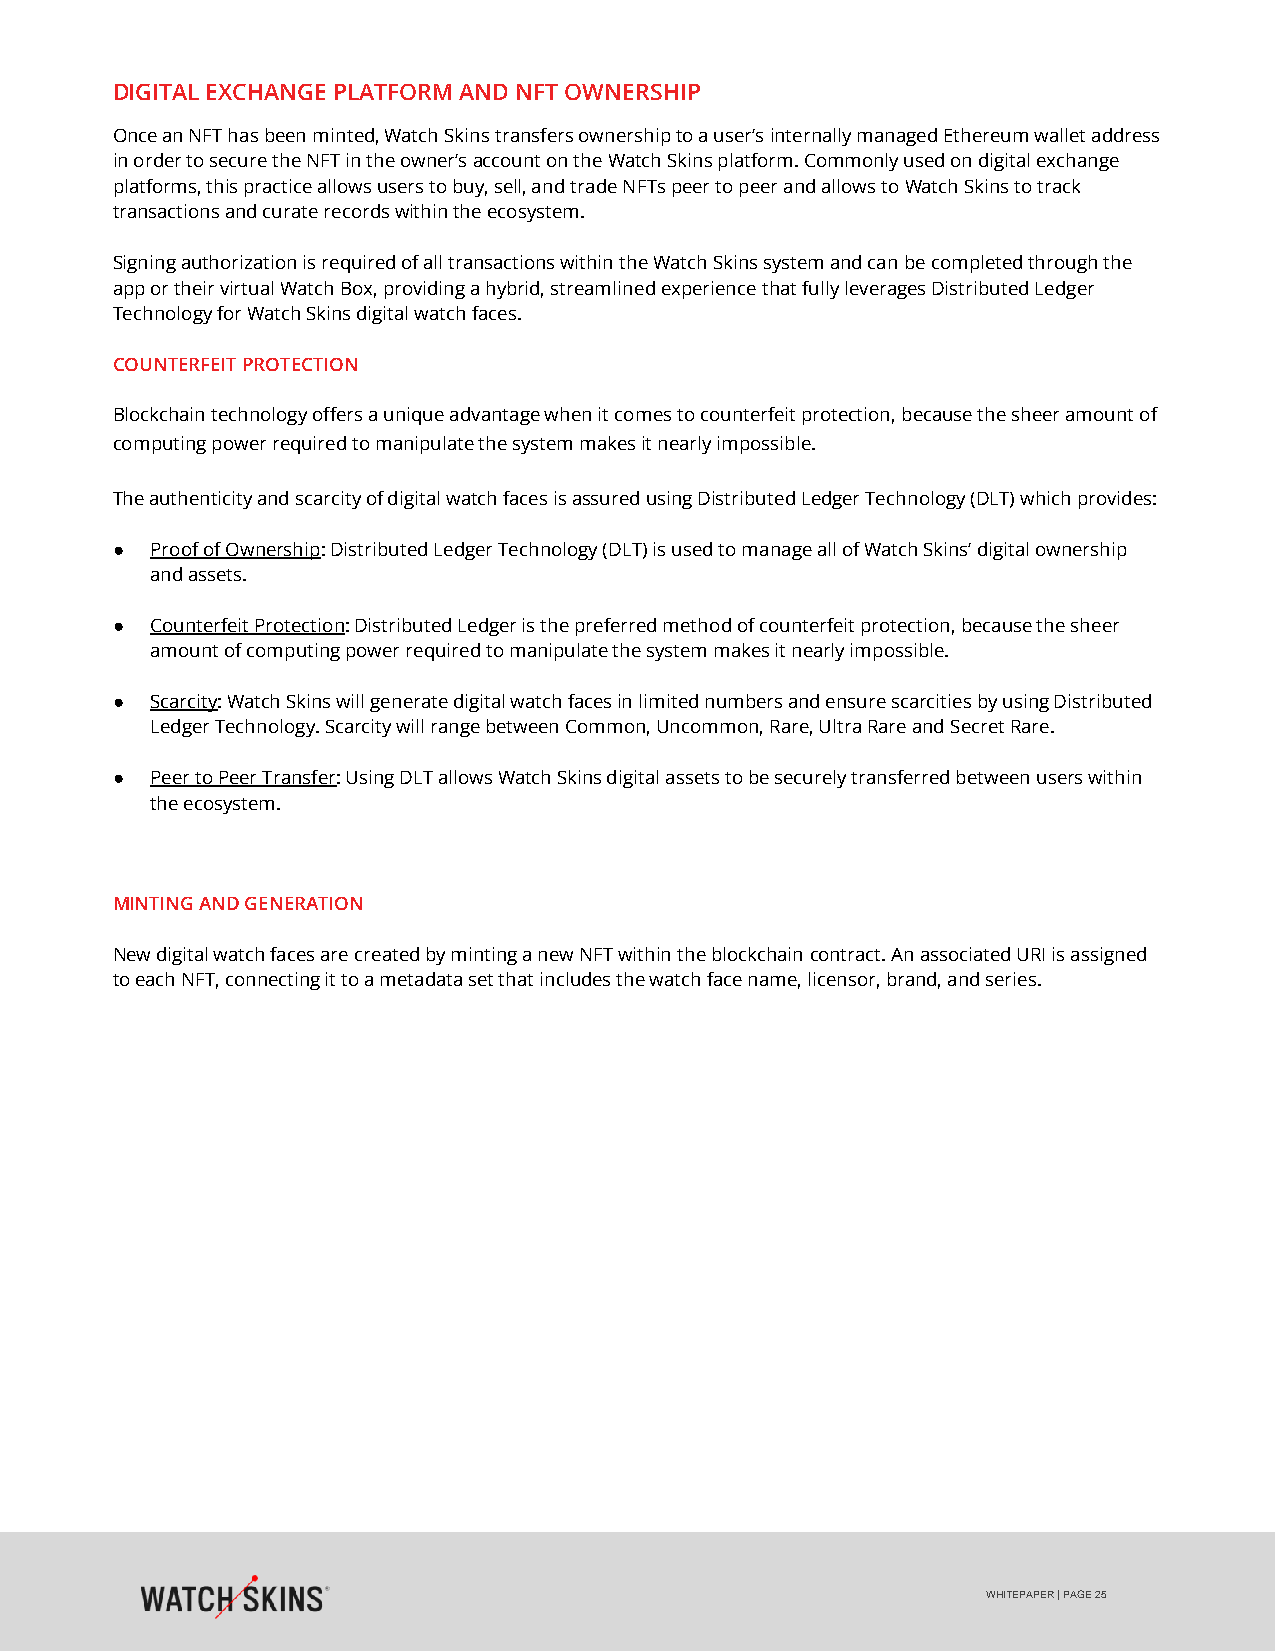
DIGITAL EXCHANGE PLATFORM AND NFT OWNERSHIP
 Once an NFT has been minted, Watch Skins transfers ownership to a user’s internally managed Ethereum wallet address
 in order to secure the NFT in the owner’s account on the Watch Skins platform. Commonly used on digital exchange
 platforms, this practice allows users to buy, sell, and trade NFTs peer to peer and allows to Watch Skins to track
 transactions and curate records within the ecosystem.
 Signing authorization is required of all transactions within the Watch Skins system and can be completed through the
 app or their virtual Watch Box, providing a hybrid, streamlined experience that fully leverages Distributed Ledger
 Technology for Watch Skins digital watch faces.
 COUNTERFEIT PROTECTION
 Blockchain technology offers a unique advantage when it comes to counterfeit protection, because the sheer amount of
 computing power required to manipulate the system makes it nearly impossible.
 The authenticity and scarcity of digital watch faces is assured using Distributed Ledger Technology (DLT) which provides:
 ●  Proof of Ownership: Distributed Ledger Technology (DLT) is used to manage all of Watch Skins’ digital ownership
 and assets.
 ●  Counterfeit Protection: Distributed Ledger is the preferred method of counterfeit protection, because the sheer
 amount of computing power required to manipulate the system makes it nearly impossible.
 ●  Scarcity: Watch Skins will generate digital watch faces in limited numbers and ensure scarcities by using Distributed
 Ledger Technology. Scarcity will range between Common, Uncommon, Rare, Ultra Rare and Secret Rare.
 ●  Peer to Peer Transfer: Using DLT allows Watch Skins digital assets to be securely transferred between users within
 the ecosystem.
 MINTING AND GENERATION
 New digital watch faces are created by minting a new NFT within the blockchain contract. An associated URI is assigned
 to each NFT, connecting it to a metadata set that includes the watch face name, licensor, brand, and series.
 WHITEPAPER | PAGE 25